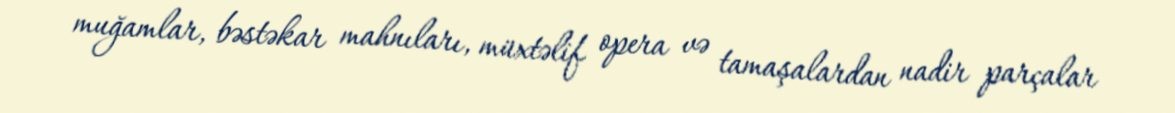
muğamlar, bəstəkar mahnıları, müxtəlif opera və tamaşalardan nadir parçalar